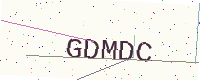
Text: GDMDC